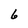
Character: 6